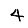
Digit: 4